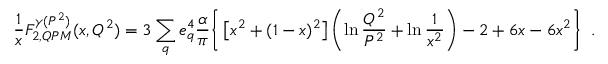
\frac { 1 } { x } F _ { 2 , Q P M } ^ { \gamma ( P ^ { 2 } ) } ( x , Q ^ { 2 } ) = 3 \sum _ { q } e _ { q } ^ { 4 } \frac { \alpha } { \pi } \Bigg \{ \left[ x ^ { 2 } + ( 1 - x ) ^ { 2 } \right] \left( \ln \frac { Q ^ { 2 } } { P ^ { 2 } } + \ln \frac { 1 } { x ^ { 2 } } \right) - 2 + 6 x - 6 x ^ { 2 } \Bigg \} \; \; .